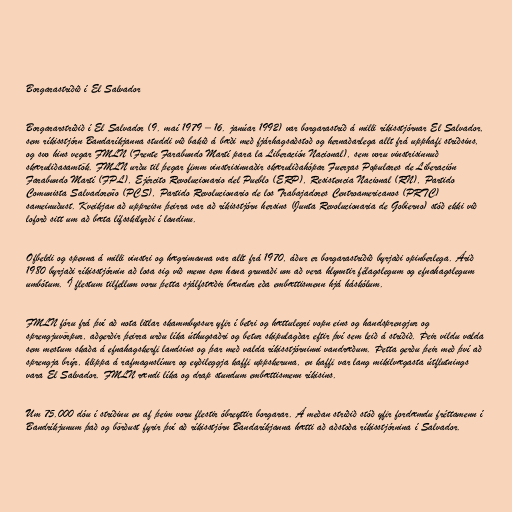
Borgarastríðið í El Salvador

Borgararstríðið í El Salvador (9. maí 1979 – 16. janúar 1992) var borgarastríð á milli ríkisstjórnar El Salvador,
sem ríkisstjórn Bandaríkjanna studdi við bakið á bæði með fjárhagsaðstoð og hernaðarlega allt frá upphafi stríðsins,
og svo hins vegar FMLN (Frente Farabundo Martí para la Liberación Nacional), sem voru vinstrisinnuð
skæruliðasamtök. FMLN urðu til þegar fimm vinstrisinnaðir skæruliðahópar Fuerzas Populares de Liberación
Farabundo Martí (FPL), Ejército Revolucionario del Pueblo (ERP), Resistencia Nacional (RN), Partido
Comunista Salvadoreño (PCS), Partido Revolucionario de los Trabajadores Centroamericanos (PRTC)
sameinuðust. Kveikjan að uppreisn þeirra var að ríkisstjórn hersins (Junta Revolucionaria de Gobierno) stóð ekki við
loforð sitt um að bæta lífsskilyrði í landinu.

Ofbeldi og spenna á milli vinstri og hægrimanna var allt frá 1970, áður er borgarastríðið byrjaði opinberlega. Árið
1980 byrjaði ríkisstjórnin að losa sig við menn sem hana grunaði um að vera hlynntir félagslegum og efnahagslegum
umbótum. Í flestum tilfellum voru þetta sjálfstæðir bændur eða embættismenn hjá háskólum.

FMLN fóru frá því að nota litlar skammbyssur yfir í betri og hættulegri vopn eins og handsprengjur og
sprengjuvörpur, aðgerðir þeirra urðu líka úthugsaðri og betur skipulagðar eftir því sem leið á stríðið. Þeir vildu valda
sem mestum skaða á efnahagskerfi landsins og þar með valda ríkisstjórninni vandræðum. Þetta gerðu þeir með því að
sprengja brýr, klippa á rafmagnslínur og eyðileggja kaffi uppskeruna, en kaffi var lang mikilvægasta útflutnings
vara El Salvador. FMLN rændi líka og drap stundum embættismenn ríkisins.

Um 75.000 dóu í stríðinu en af þeim voru flestir óbreyttir borgarar. Á meðan stríðið stóð yfir fordæmdu fréttamenn í
Bandríkjunum það og börðust fyrir því að ríkisstjórn Bandaríkjanna hætti að aðstoða ríkisstjórnina í Salvador.